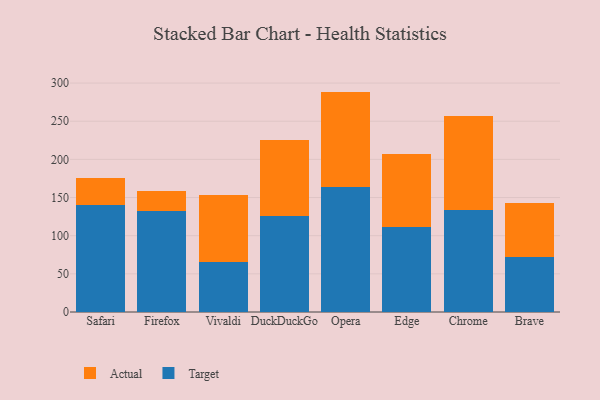
{"axis": {"x": "Browser", "y": "Conversion Rate (%)"}, "legend": ["Actual", "Target"], "data": [{"x": "Safari", "y": 139.8, "type": "Target"}, {"x": "Safari", "y": 35.9, "type": "Actual"}, {"x": "Firefox", "y": 132.6, "type": "Target"}, {"x": "Firefox", "y": 26.0, "type": "Actual"}, {"x": "Vivaldi", "y": 65.8, "type": "Target"}, {"x": "Vivaldi", "y": 87.0, "type": "Actual"}, {"x": "DuckDuckGo", "y": 126.1, "type": "Target"}, {"x": "DuckDuckGo", "y": 98.7, "type": "Actual"}, {"x": "Opera", "y": 164.2, "type": "Target"}, {"x": "Opera", "y": 124.6, "type": "Actual"}, {"x": "Edge", "y": 111.1, "type": "Target"}, {"x": "Edge", "y": 96.1, "type": "Actual"}, {"x": "Chrome", "y": 133.2, "type": "Target"}, {"x": "Chrome", "y": 123.2, "type": "Actual"}, {"x": "Brave", "y": 72.3, "type": "Target"}, {"x": "Brave", "y": 70.4, "type": "Actual"}]}